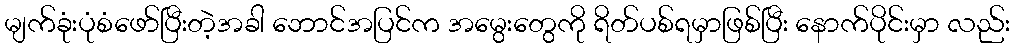
မျက်ခုံးပုံစံဖော်ပြီးတဲ့အခါ ဘောင်အပြင်က အမွေးတွေကို ရိတ်ပစ်ရမှာဖြစ်ပြီး နောက်ပိုင်းမှာ လည်း